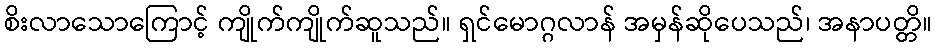
စိးလာသောကြောင့် ကျိုက်ကျိုက်ဆူသည်။ ရှင်မောဂ္ဂလာန် အမှန်ဆိုပေသည်၊ အနာပတ္တိ။